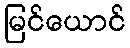
မြင်ယောင်